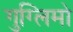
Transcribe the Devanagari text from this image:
गुग्लिमो